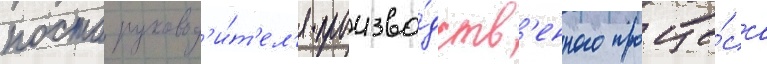
поста руковод'и́т'ел'я произво́дств'енного проце́сса